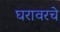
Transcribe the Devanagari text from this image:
घरावरचे